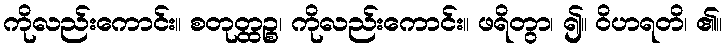
ကိုလည်းကောင်း။ စတုတ္ထဉ္စ၊ ကိုလည်းကောင်း။ ဖရိတွာ၊ ၍။ ဝိဟရတိ၊ ၏။